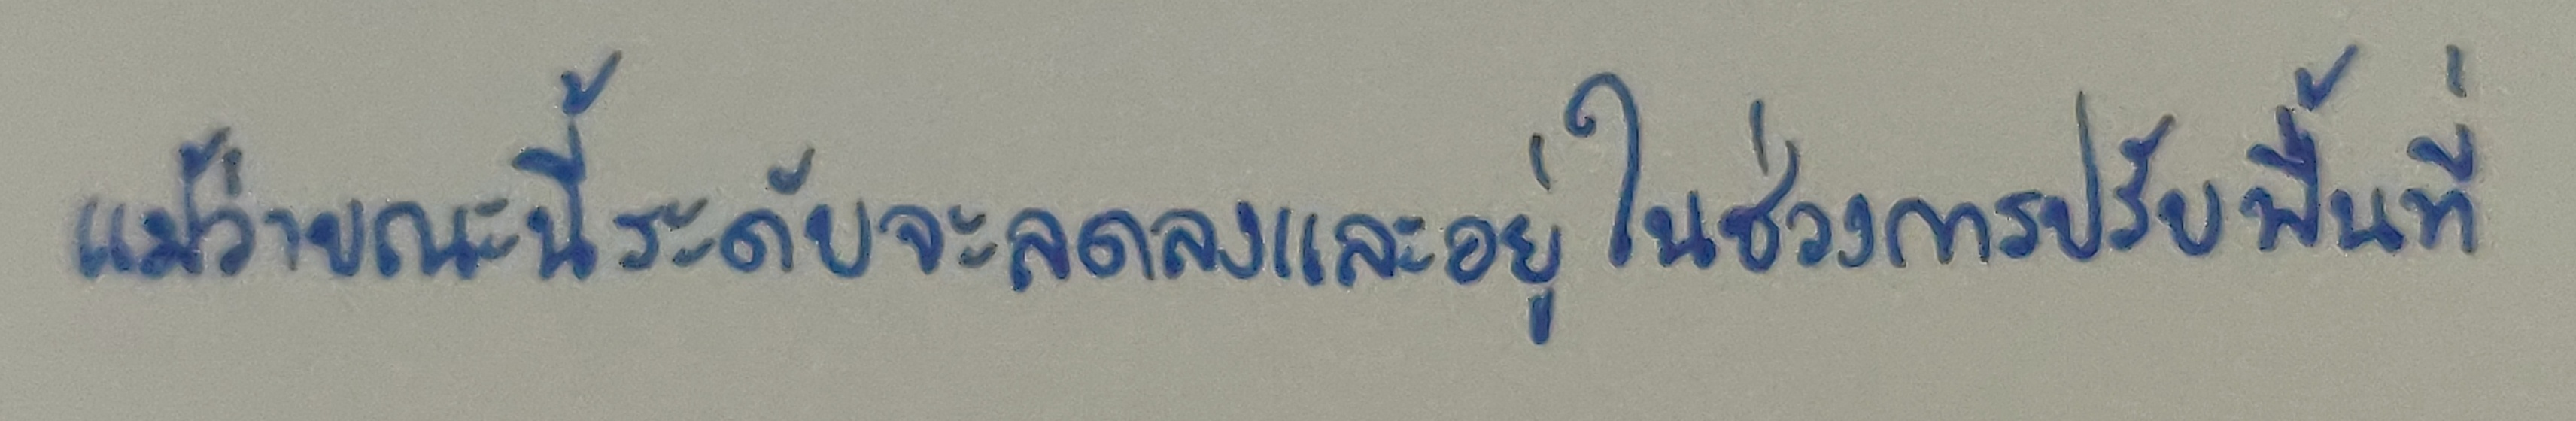
แม้ว่าขณะนี้ระดับจะลดลงและอยู่ในช่วงการปรับพื้นที่